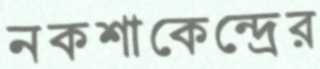
নকশাকেন্দ্রের